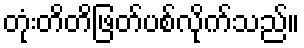
တုံးတိတိဖြတ်ပစ်လိုက်သည်။